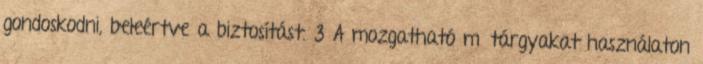
gondoskodni, beleértve a biztosítást. 3 A mozgatható műtárgyakat használaton